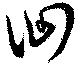
徊